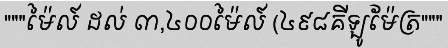
"""ម៉ៃល៍ ដល់ ៣,៤០០ម៉ៃល៍ (៤៩៨គីឡូម៉ែត្រ"""